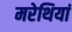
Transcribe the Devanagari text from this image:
मरेथियां